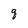
Character: g